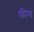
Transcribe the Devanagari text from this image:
फीग